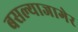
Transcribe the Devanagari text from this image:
बसल्याजागेर